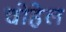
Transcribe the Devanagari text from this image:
चोहेल